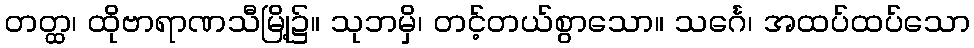
တတ္ထ၊ ထိုဗာရာဏသီမြို့၌။ သုဘမှိ၊ တင့်တယ်စွာသော။ သင်္ဂေ၊ အထပ်ထပ်သော